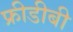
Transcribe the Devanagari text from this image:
फ्रीडीबी